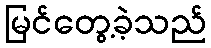
မြင်တွေ့ခဲ့သည်